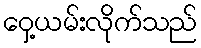
ဝှေ့ယမ်းလိုက်သည်